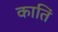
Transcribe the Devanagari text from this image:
कातिं